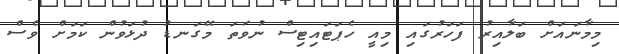
މިމާނައަށް ބަލާއިރު ފަހަރުގައި މިއީ ހެޕަޓައިޓިސް ނުވަތަ މޭގަނޑު ދުޅަވުން ކަމަށް ވެސް